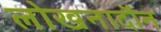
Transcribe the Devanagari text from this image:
लोखनादौन